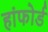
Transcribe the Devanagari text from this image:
हांफोर्ड